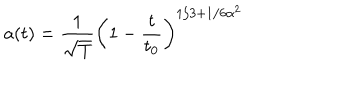
LaTeX: a ( t ) = \frac { 1 } { \sqrt T } \left( 1 - \frac { t } { t _ { 0 } } \right) ^ { 1 / 3 + 1 / 6 \alpha ^ { 2 } }